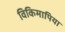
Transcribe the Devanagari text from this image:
विकिमापिया